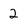
Character: 2